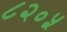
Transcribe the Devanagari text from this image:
८२०५